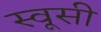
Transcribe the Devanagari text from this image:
स्वूसी